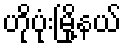
ဟိုပုံးမြို့နယ်